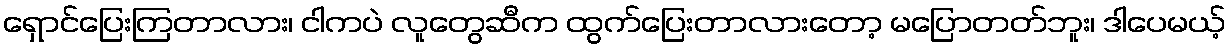
ရှောင်ပြေးကြတာလား၊ ငါကပဲ လူတွေဆီက ထွက်ပြေးတာလားတော့ မပြောတတ်ဘူး၊ ဒါပေမယ့်